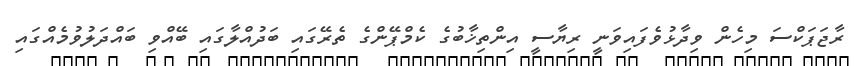
ރާޖަޕަކްސަ މިހެން ވިދާޅުވެފައިވަނީ ރިޔާސީ އިންތިޚާބުގެ ކެމްޕޭންގެ ތެރޭގައި ބަދުއްލާގައި ބޭއްވި ބައްދަލުވުމެއްގައި